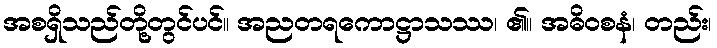
အစရှိသည်တို့တွင်ပင်။ အညတရကောဋ္ဌာသဿ၊ ၏။ အဓိဝစနံ၊ တည်း၊